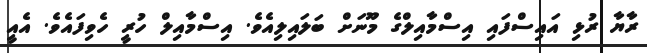
ރާޔާ ރުޅި އައިސްފައި އިސްމާއިލްގެ މޫނަށް ބަލައިލިއެވެ. އިސްމާއިލް ހުރީ ހެވިފައެވެ. އެއީ